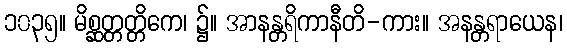
၁၀၃၅။ မိစ္ဆတ္တတ္တိကေ၊ ၌။ အာနန္တရိကာနီတိ-ကား။ အနန္တရာယေန၊